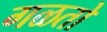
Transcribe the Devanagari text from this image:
गळतो